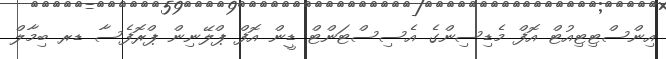
އިންސްޓިޓިއުޓް އޮފް މެޑިސިންގެ އެސިސްޓަންޓް ޑީން އޮފް ޕްލޭނިން ޕްރޮފެސާ ޑރ ބިމާލް